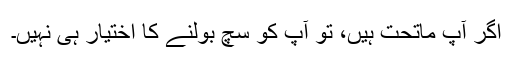
اگر آپ ماتحت ہیں، تو آپ کو سچ بولنے کا اختیار ہی نہیں۔